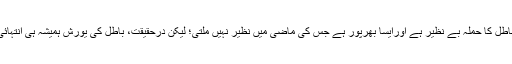
بعض دفعہ ایسا محسوس ہوگا کہ باطل کا حملہ بے نظیر ہے اورایسا بھرپور ہے جس کی ماضی میں نظیر نہیں ملتی؛ لیکن درحقیقت، باطل کی یورش ہمیشہ ہی انتہائی قوت کے صرفے پر مبنی ہوگی۔